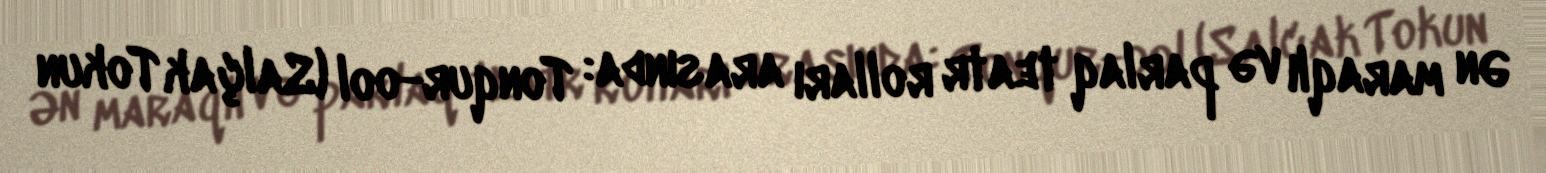
Ən maraqlı və parlaq teatr rolları arasında: Tonqur-ool (Salçak Tokun